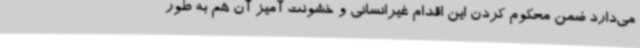
می‌دارد ضمن محکوم کردن این اقدام غیرانسانی و خشونت آمیز آن هم به طور